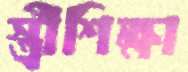
স্ত্রীশিক্ষা